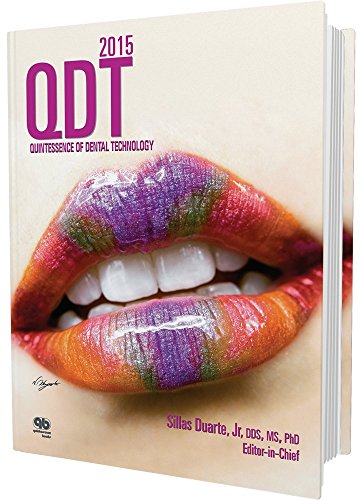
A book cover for Quintessence of Dental Technology 2015 (QDT) (Qdt Quintessence of Dental Technology); Sillas Duarte Jr.; Medical Books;